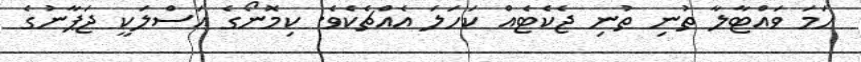
ހަމަ ވައްޓާލާ ތުނި ތުނި ޖެކެޓެއް ކަހަލަ އެއްޗެކެވެ. ކިމޮނޯގެ އަސްލަކީ ޖަޕާނުގެ